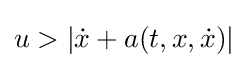
u>|{\dot {x}}+a(t,x,{\dot {x}})|